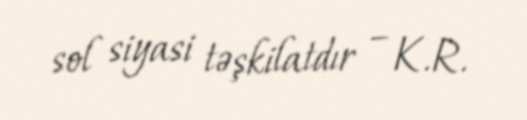
sol siyasi təşkilatdır – K.R.